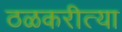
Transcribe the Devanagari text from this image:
ठळकरीत्या